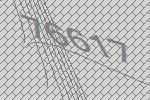
76617